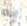
إنه